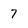
Character: 7